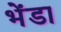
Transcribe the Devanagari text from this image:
भेंडा